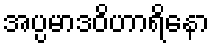
အပ္ပမာဒဝိဟာရိနော